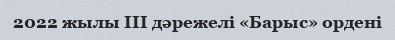
2022 жылы III дәрежелі «Барыс» ордені